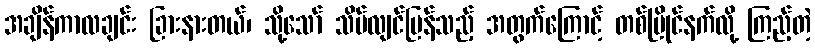
အချိန်ကာလချင်း ခြားနားတယ်၊ သို့သော် သိပ်လျင်မြန်သည့် အတွက်ကြောင့် တစ်ပြိုင်နက်လို့ ကြည့်တဲ့